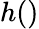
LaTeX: h()